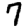
Digit: 7